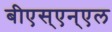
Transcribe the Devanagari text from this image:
बीएस्‌एन्‌एल